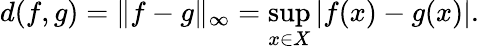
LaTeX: d(f,g)=\| f-g\| _{\infty}=\operatorname*{sup}_{x\in X}|f(x)-g(x)|.